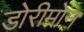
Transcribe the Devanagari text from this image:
डोरीमोन